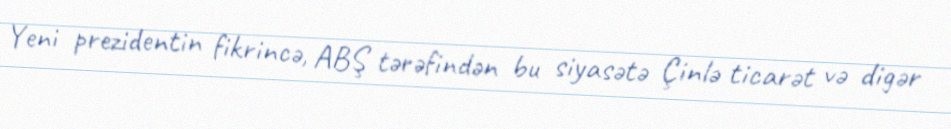
Yeni prezidentin fikrincə, ABŞ tərəfindən bu siyasətə Çinlə ticarət və digər